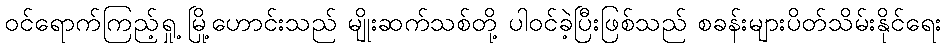
ဝင်ရောက်ကြည့်ရှု့ မြို့ဟောင်းသည် မျိုးဆက်သစ်တို့ ပါဝင်ခဲ့ပြီးဖြစ်သည် စခန်းများပိတ်သိမ်းနိုင်ရေး